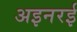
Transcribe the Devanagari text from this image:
अइनरई